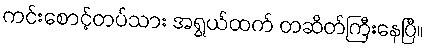
ကင်းစောင့်တပ်သား အရွယ်ထက် တဆိတ်ကြီးနေပြီ။